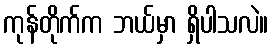
ကုန်တိုက်က ဘယ်မှာ ရှိပါသလဲ။